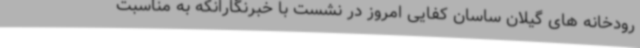
رودخانه های گیلان ساسان کفایی امروز در نشست با خبرنگارانکه به مناسبت